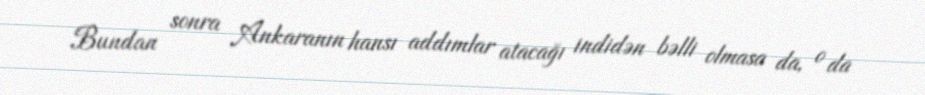
Bundan sonra Ankaranın hansı addımlar atacağı indidən bəlli olmasa da, o da